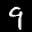
Label: 9